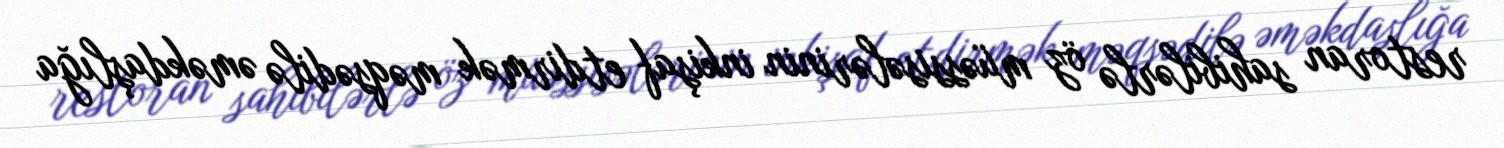
restoran sahibilərlə öz müəssisələrinin inkişaf etdirmək məqsədilə əməkdaşlığa